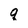
Character: q